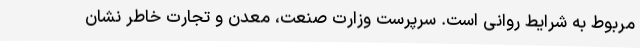
مربوط به شرایط روانی است. سرپرست وزارت صنعت، معدن و تجارت خاطر نشان